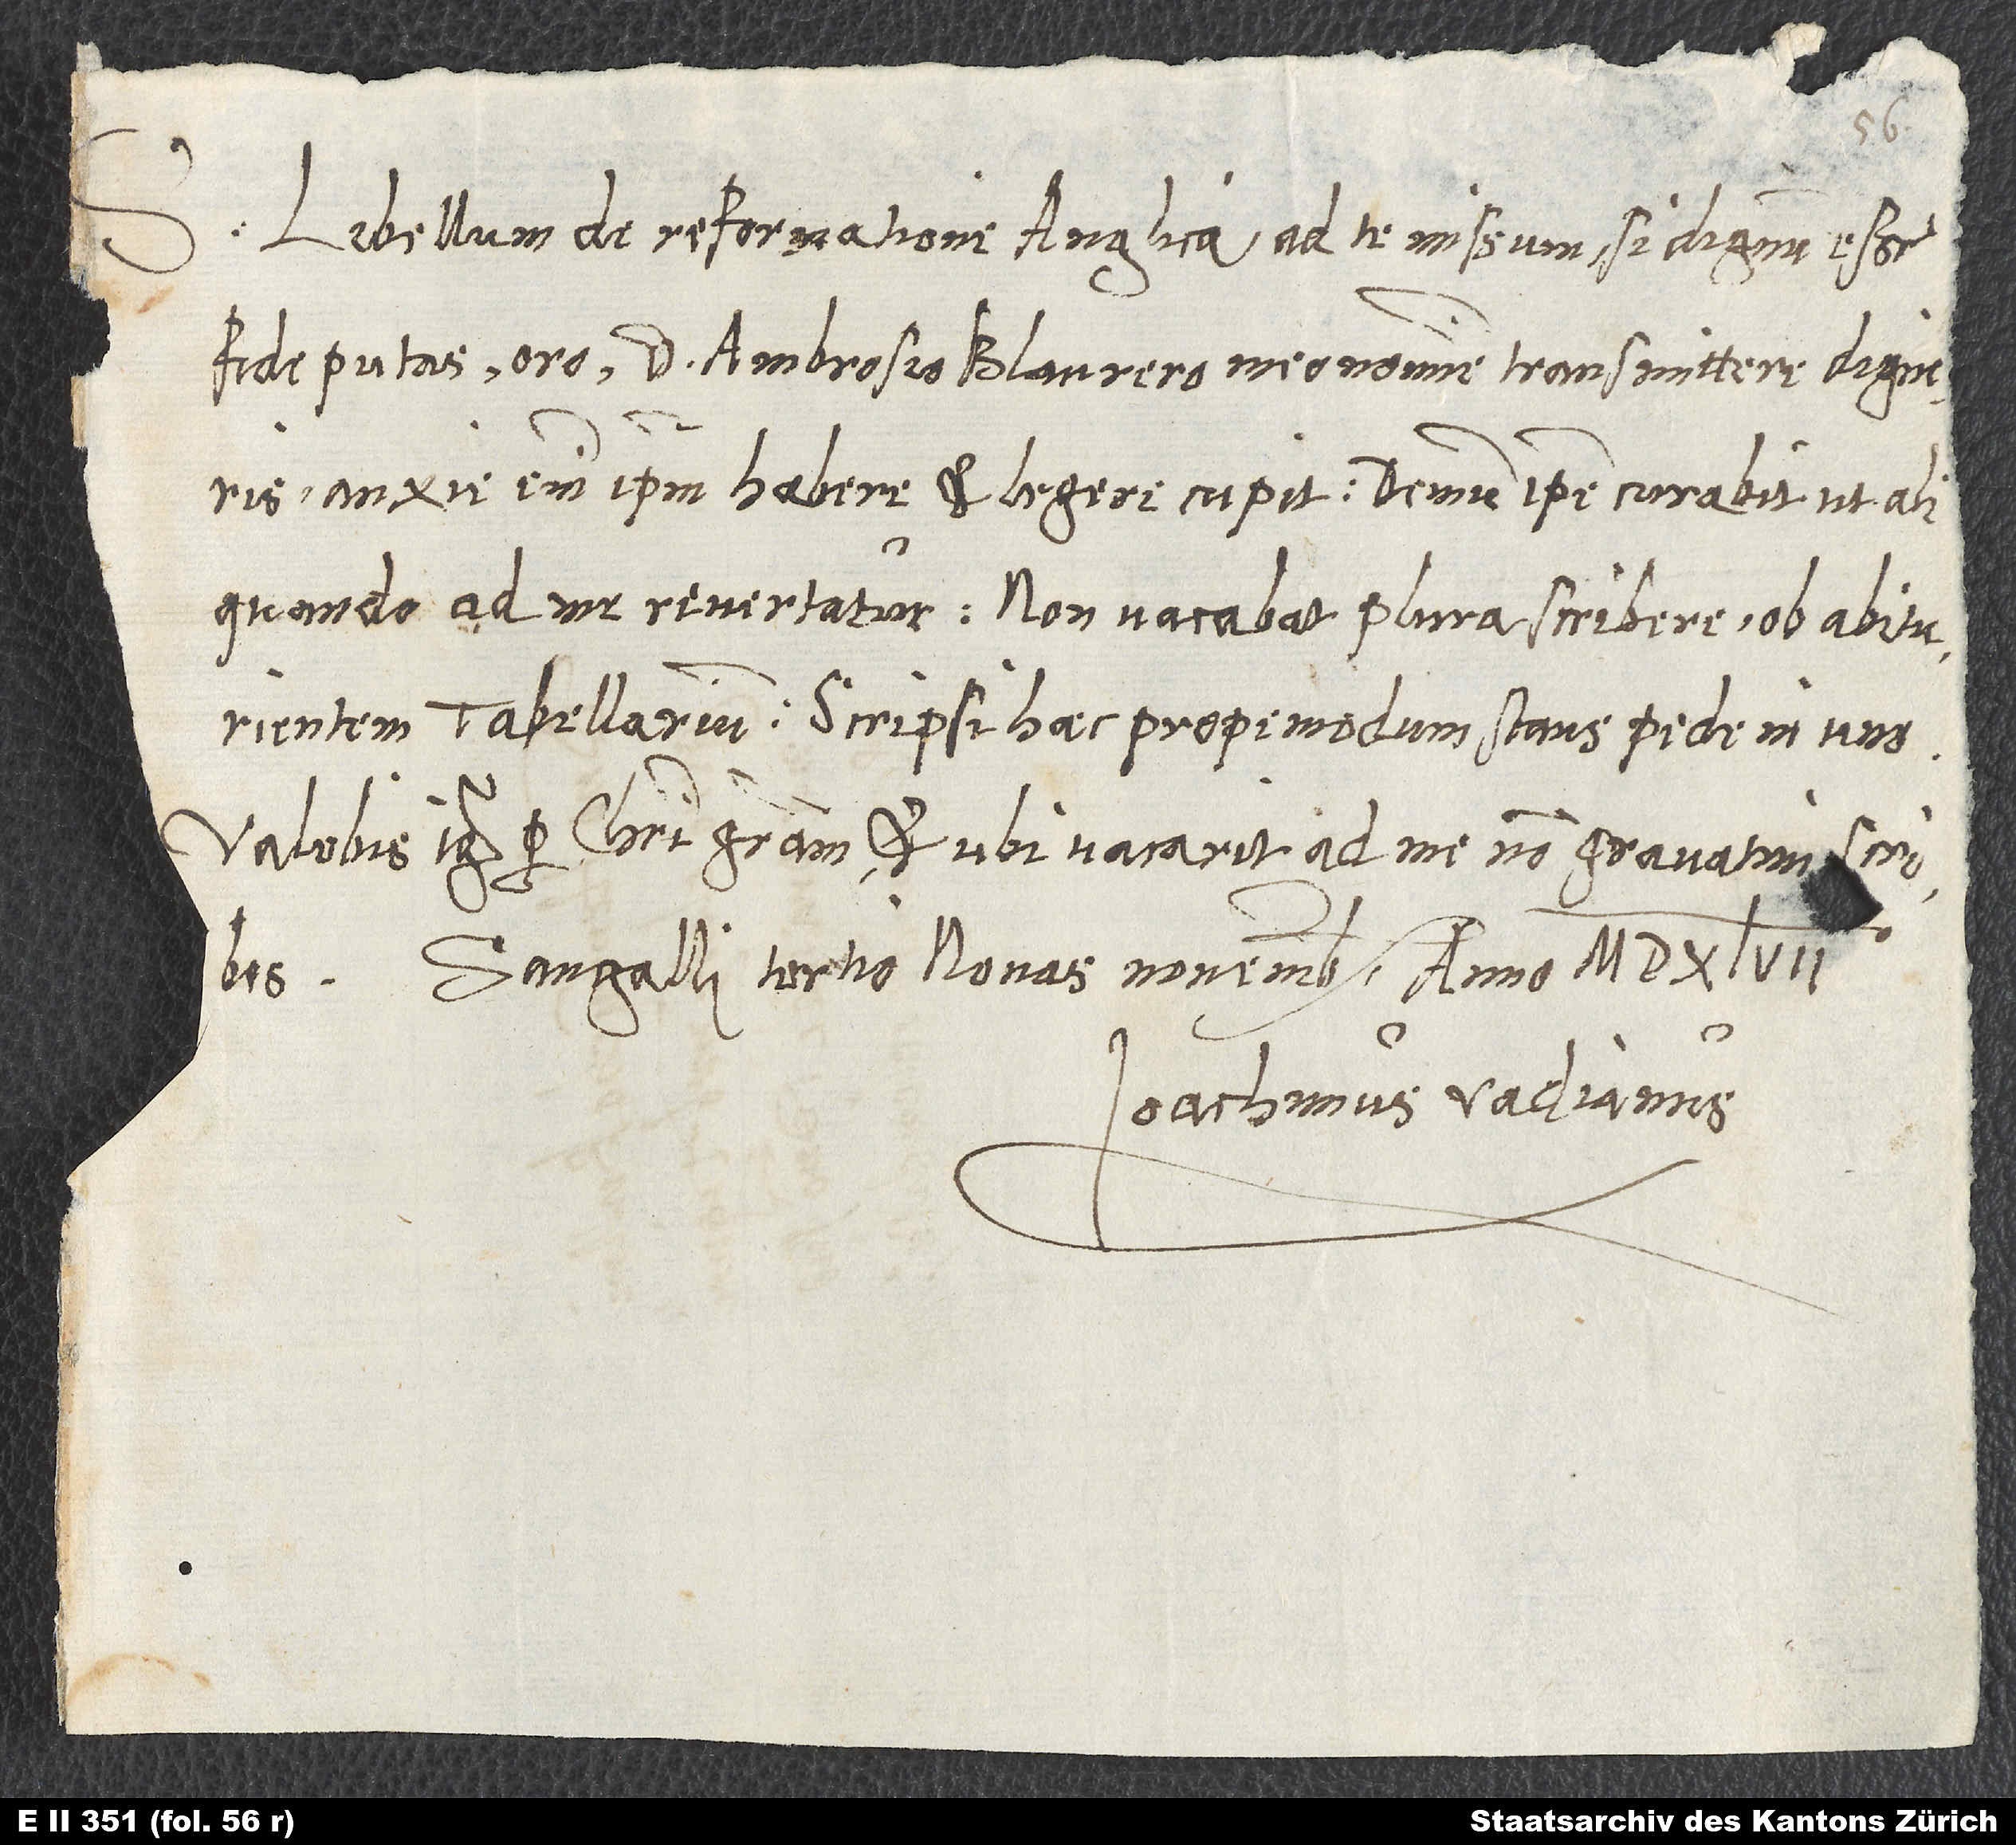
S.
Libellum de reformatione Anglica ad te missum, si dignum esse
fide putas, oro, d. Ambrosio Blaurero meo nomine transmittere digneris.
Anxie enim ipsum habere et legere cupit. Demum ipse curabit, ut aliquando
tabellarium. Scripsi haec propemodum stans pede in uno.
Valebis igitur per Christi gratiam et, ubi vacarit, ad me non gravatim scribes.
Sangalli, tertio nonas novembres anno 1547.
Ioachimus Vadianus.